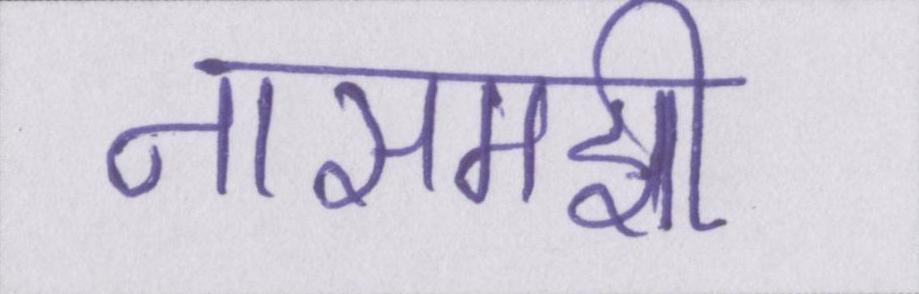
नासमझी